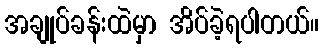
အချုပ်ခန်းထဲမှာ အိပ်ခဲ့ရပါတယ်။